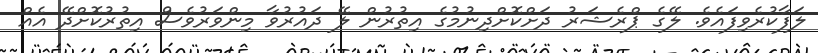
ލަފާކުރެވިފައެވެ. ލޭގެ ޕްރެޝަރު ދަށްކޮށްދިނުމުގެ އިތުރުން ލޭ ދައުރުވާ މިންވަރުވެސް އިތުރުކޮށްދޭ އެއް